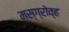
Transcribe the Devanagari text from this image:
मस्ग्रोव्ह